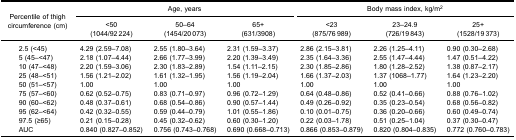
<table><thead><tr><td rowspan="3"><b>Percentile of thighcircumference (cm)</b></td><td colspan="3"><b>Age, years</b></td><td colspan="3"><b>Body mass index, kg/m<sup>2</sup></b></td></tr><tr><td><b>&lt;50(1044/92 224)</b></td><td><b>50–64(1454/20 073)</b></td><td><b>65+(631/3908)</b></td><td><b>&lt;23(875/76 989)</b></td><td><b>23–24.9(726/19 843)</b></td><td><b>25+(1528/19 373)</b></td></tr></thead><tbody><tr><td>2.5 (&lt;45)</td><td>4.29 (2.59–7.08)</td><td>2.55 (1.80–3.64)</td><td>2.31 (1.59–3.37)</td><td>2.86 (2.15–3.81)</td><td>2.26 (1.25–4.11)</td><td>0.90 (0.30–2.68)</td></tr><tr><td>5 (45–&lt;47)</td><td>2.18 (1.07–4.44)</td><td>2.66 (1.77–3.99)</td><td>2.20 (1.39–3.49)</td><td>2.35 (1.64–3.36)</td><td>2.55 (1.47–4.44)</td><td>1.47 (0.51–4.22)</td></tr><tr><td>10 (47–&lt;48)</td><td>2.20 (1.59–3.06)</td><td>2.30 (1.83–2.89)</td><td>1.54 (1.11–2.15)</td><td>2.30 (1.85–2.86)</td><td>1.80 (1.28–2.52)</td><td>1.38 (0.87–2.17)</td></tr><tr><td>25 (48–&lt;51)</td><td>1.56 (1.21–2.02)</td><td>1.61 (1.32–1.95)</td><td>1.56 (1.19–2.04)</td><td>1.66 (1.37–2.03)</td><td>1.37 (1068–1.77)</td><td>1.64 (1.23–2.20)</td></tr><tr><td>50 (51–&lt;57)</td><td>1.00</td><td>1.00</td><td>1.00</td><td>1.00</td><td>1.00</td><td>1.00</td></tr><tr><td>75 (57–&lt;60)</td><td>0.62 (0.52–0.75)</td><td>0.83 (0.71–0.97)</td><td>0.96 (0.72–1.29)</td><td>0.64 (0.48–0.86)</td><td>0.52 (0.41–0.66)</td><td>0.88 (0.76–1.02)</td></tr><tr><td>90 (60–&lt;62)</td><td>0.48 (0.37–0.61)</td><td>0.68 (0.54–0.86)</td><td>0.90 (0.57–1.44)</td><td>0.49 (0.26–0.92)</td><td>0.35 (0.23–0.54)</td><td>0.68 (0.56–0.82)</td></tr><tr><td>95 (62–&lt;64)</td><td>0.42 (0.32–0.55)</td><td>0.59 (0.44–0.79)</td><td>1.01 (0.55–1.86)</td><td>0.10 (0.01–0.75)</td><td>0.36 (0.20–0.66)</td><td>0.60 (0.49–0.74)</td></tr><tr><td>97.5 (≥65)</td><td>0.21 (0.15–0.28)</td><td>0.45 (0.32–0.62)</td><td>0.60 (0.30–1.20)</td><td>0.22 (0.03–1.78)</td><td>0.51 (0.25–1.04)</td><td>0.37 (0.30–0.47)</td></tr><tr><td>AUC</td><td>0.840 (0.827–0.852)</td><td>0.756 (0.743–0.768)</td><td>0.690 (0.668–0.713)</td><td>0.866 (0.853–0.879)</td><td>0.820 (0.804–0.835)</td><td>0.772 (0.760–0.783)</td></tr></tbody></table>